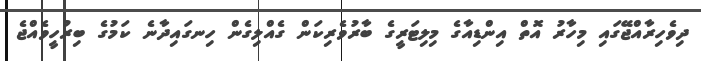
ދިވެހިރާއްޖޭގައި މިހާރު އޮތް އިންޑިއާގެ މިލިޓަރީގެ ބާރުވެރިކަން ގެއްލިގެން ހިނގައިދާނެ ކަމުގެ ބިރުހީވެއްޖެ